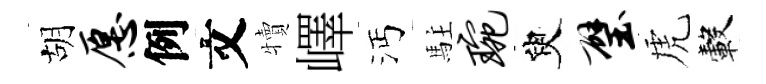
胡愿例文犢嶧沔駐琬臾璧虎轂